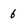
Character: 6